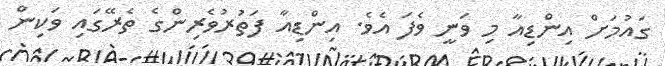
ގައުމަށް އިންޑިއާ މި ވަނީ ވެފަ އެވެ. އިންޑިއާ ފަތުރުވެރިންގެ ތެރޭގައި ވަކިން